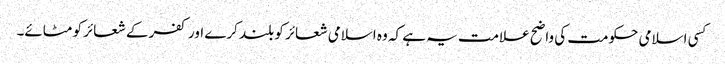
کسی اسلامی حکومت کی واضح علامت یہ ہے کہ وہ اسلامی شعائر کو بلند کرے اور کفر کے شعائر کو مٹائے۔